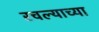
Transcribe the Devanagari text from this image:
रचल्याच्या